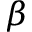
\beta